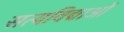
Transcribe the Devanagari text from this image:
सत्यविद्याओं